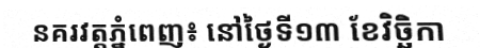
នគរវត្តភ្នំពេញ៖ នៅថ្ងៃទី១៣ ខែវិច្ឆិកា